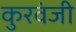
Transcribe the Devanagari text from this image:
कुरवंजी